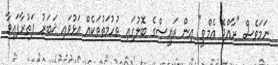
ނަމަވެސް "ރާއްޖެ އެމްވީ" އިން ރައީސްގެ ބޮލުގައި ތުހުމަތުތަކެއް އަޅުވައި ޚަބަރު ފަތުރާފައިވާ